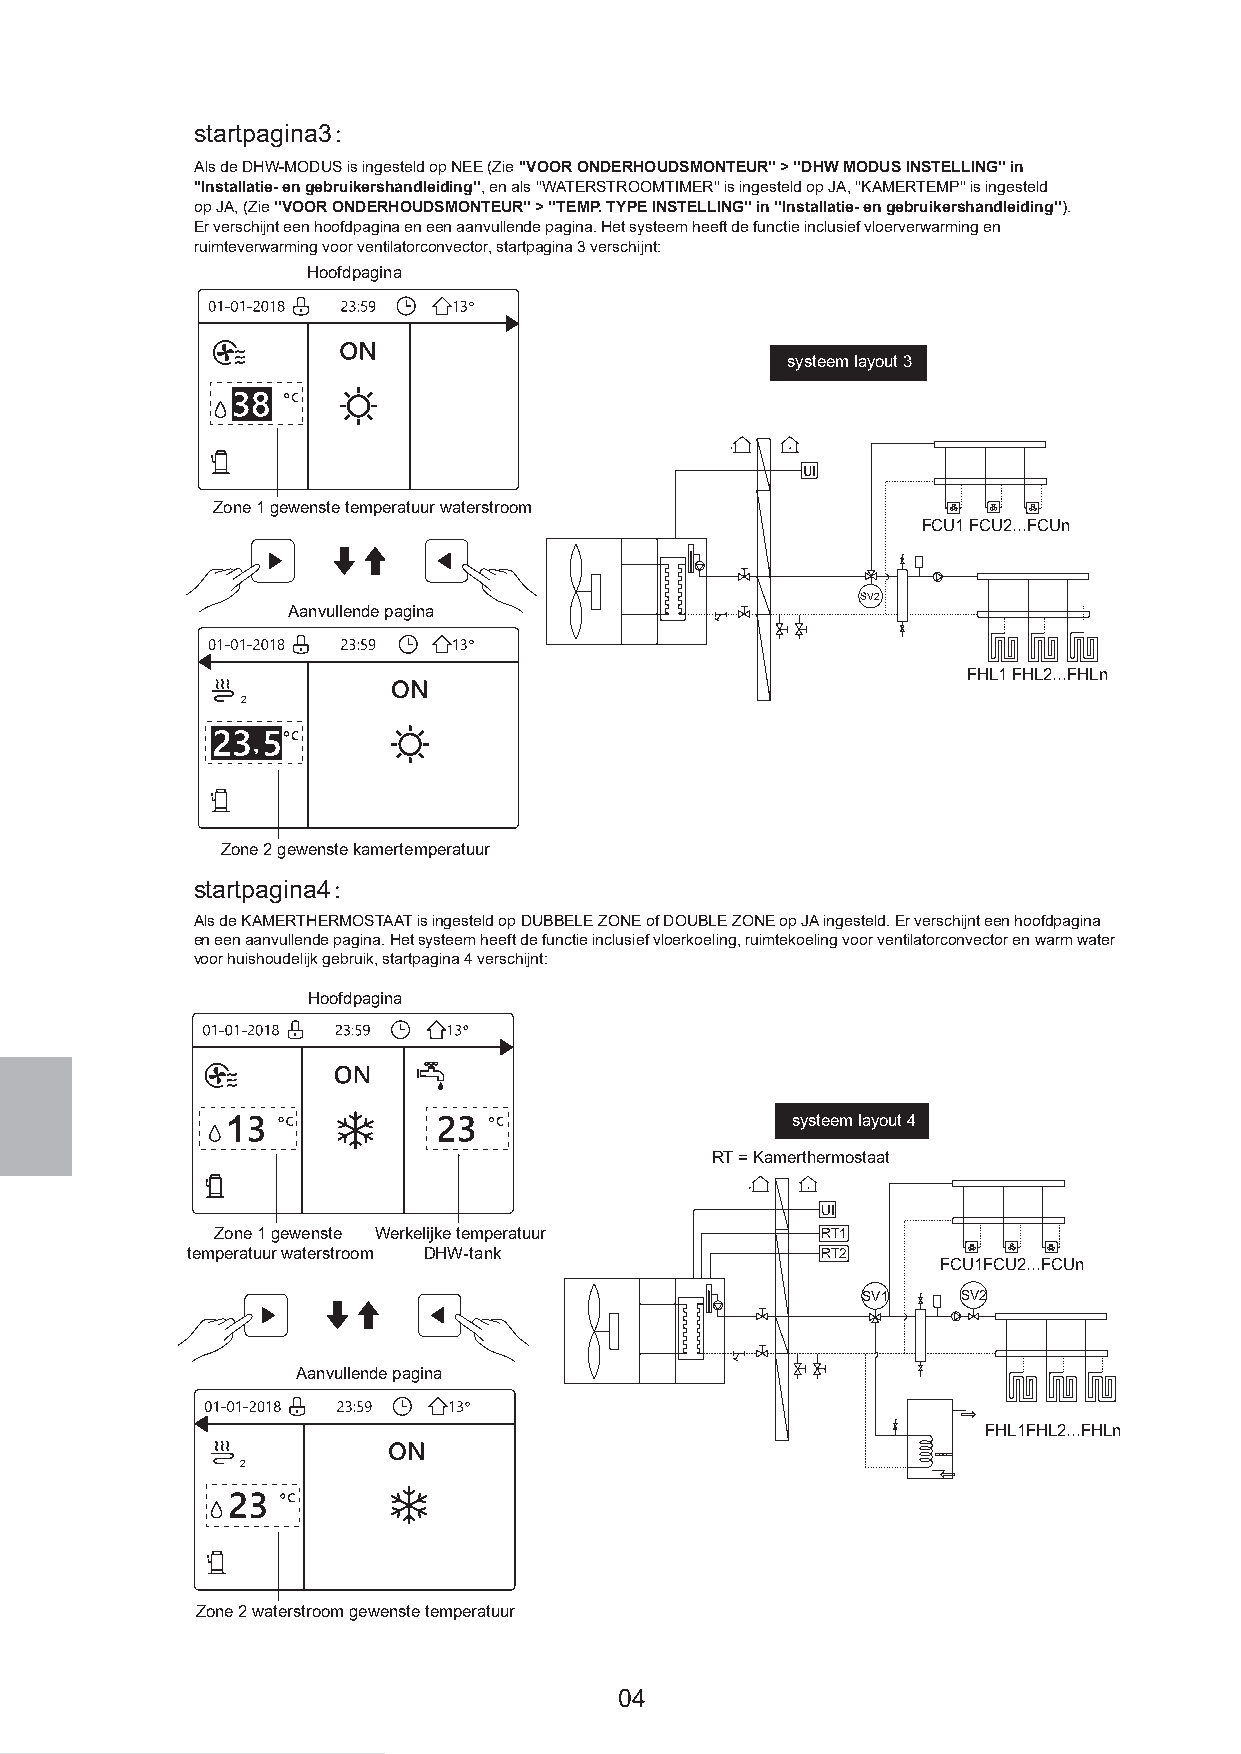
startpagina3：
 Als de DHW-MODUS is ingesteld op NEE (Zie ''VOOR ONDERHOUDSMONTEUR'' > ''DHW MODUS INSTELLING'' in
 ''Installatie- en gebruikershandleiding'', en als ''WATERSTROOMTIMER'' is ingesteld op JA, ''KAMERTEMP'' is ingesteld
 op JA, (Zie ''VOOR ONDERHOUDSMONTEUR'' > ''TEMP. TYPE INSTELLING'' in ''Installatie- en gebruikershandleiding'').
 Er verschijnt een hoofdpagina en een aanvullende pagina. Het systeem heeft de functie inclusief vloerverwarming en
 ruimteverwarming voor ventilatorconvector, startpagina 3 verschijnt:
 Hoofdpagina
 systeem layout 3
 UI
 Zone 1 gewenste temperatuur waterstroom
 FCU1 FCU2...FCUn
 SV2
 Aanvullende pagina
 FHL1 FHL2...FHLn
 2
 Zone 2 gewenste kamertemperatuur
 startpagina4：
 Als de KAMERTHERMOSTAAT is ingesteld op DUBBELE ZONE of DOUBLE ZONE op JA ingesteld. Er verschijnt een hoofdpagina
 en een aanvullende pagina. Het systeem heeft de functie inclusief vloerkoeling, ruimtekoeling voor ventilatorconvector en warm water
 voor huishoudelijk gebruik, startpagina 4 verschijnt:
 Hoofdpagina
 systeem layout 4
 RT = Kamerthermostaat
 UI
 Zone 1 gewenste Werkelijke temperatuur  RT1
 temperatuur waterstroom DHW-tank          RT2
 FCU1FCU2...FCUn
 SV1    SV2
 Aanvullende pagina
 FHL1FHL2...FHLn
 2
 Zone 2 waterstroom gewenste temperatuur